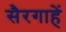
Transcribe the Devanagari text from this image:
सैरगाहें